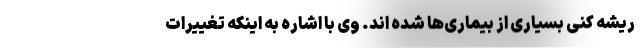
ریشه کنی بسیاری از بیماری‌ها شده اند. وی با اشاره به اینکه تغییرات